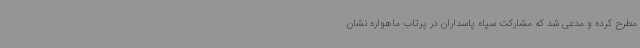
مطرح کرده و مدعی شد که مشارکت سپاه پاسداران در پرتاب ماهواره نشان